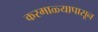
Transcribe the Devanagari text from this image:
करमाळ्यापासून